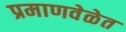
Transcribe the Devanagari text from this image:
प्रमाणवेळेत